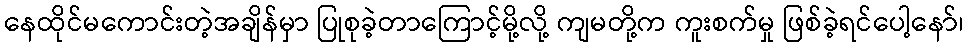
နေထိုင်မကောင်းတဲ့အချိန်မှာ ပြုစုခဲ့တာကြောင့်မို့လို့ ကျမတို့က ကူးစက်မှု ဖြစ်ခဲ့ရင်ပေါ့နော်၊